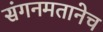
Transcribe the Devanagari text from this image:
संगनमतानेच